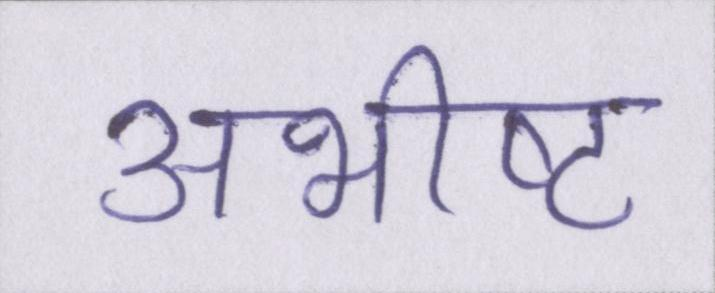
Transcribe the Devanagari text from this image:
अभीष्ट